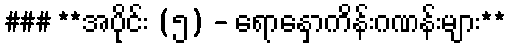
### **အပိုင်း (၅) - ရောနှောကိန်းဂဏန်းများ**